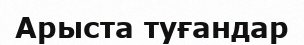
Арыста туғандар